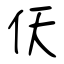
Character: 仸